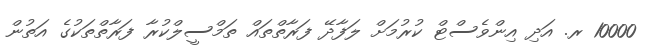
10000 ރ. އަދި އިންވެސްޓް ކުރުމަށް ލަފާދޭ ފަރާތްތައް ތަމްސީލްކުރާ ފަރާތްތަކުގެ އަތުން